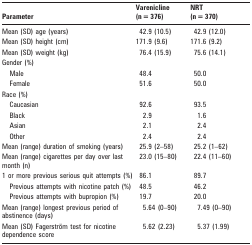
<table><thead><tr><td><b>Parameter</b></td><td><b>Varenicline(n = 376)</b></td><td><b>NRT(n = 370)</b></td></tr></thead><tbody><tr><td>Mean (SD) age (years)</td><td>42.9 (10.5)</td><td>42.9 (12.0)</td></tr><tr><td>Mean (SD) height (cm)</td><td>171.9 (9.6)</td><td>171.6 (9.2)</td></tr><tr><td>Mean (SD) weight (kg)</td><td>76.4 (15.9)</td><td>75.6 (14.1)</td></tr><tr><td>Gender (%)</td><td></td><td></td></tr><tr><td>Male</td><td>48.4</td><td>50.0</td></tr><tr><td>Female</td><td>51.6</td><td>50.0</td></tr><tr><td>Race (%)</td><td></td><td></td></tr><tr><td>Caucasian</td><td>92.6</td><td>93.5</td></tr><tr><td>Black</td><td>2.9</td><td>1.6</td></tr><tr><td>Asian</td><td>2.1</td><td>2.4</td></tr><tr><td>Other</td><td>2.4</td><td>2.4</td></tr><tr><td>Mean (range) duration of smoking (years)</td><td>25.9 (2–58)</td><td>25.2 (1–62)</td></tr><tr><td>Mean (range) cigarettes per day over last month (n)</td><td>23.0 (15–80)</td><td>22.4 (11–60)</td></tr><tr><td>1 or more previous serious quit attempts (%)</td><td>86.1</td><td>89.7</td></tr><tr><td>Previous attempts with nicotine patch (%)</td><td>48.5</td><td>46.2</td></tr><tr><td>Previous attempts with bupropion (%)</td><td>19.7</td><td>20.0</td></tr><tr><td>Mean (range) longest previous period of abstinence (days)</td><td>5.64 (0–90)</td><td>7.49 (0–90)</td></tr><tr><td>Mean (SD) Fagerström test for nicotine dependence score</td><td>5.62 (2.23)</td><td>5.37 (1.99)</td></tr></tbody></table>